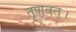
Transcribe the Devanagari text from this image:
तृणवत्।